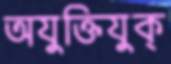
অযুক্তিযুক্